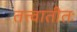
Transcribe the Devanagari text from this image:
तत्त्वातीतः